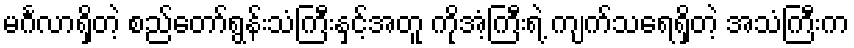
မင်္ဂလာရှိတဲ့ စည်တော်ရွန်းသံကြီးနှင့်အတူ ကိုအံ့ကြီးရဲ့ ကျက်သရေရှိတဲ့ အသံကြီးက